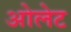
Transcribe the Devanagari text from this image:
ओलेट